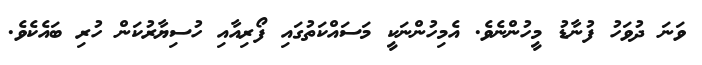
ވަނަ ދުވަހު ފުނާޑު މީހުންނެވެ. އެމިހުންނަކީ މަސައްކަތުގައި ފޯރިއާއި ހުސިޔާރުކަން ހުރި ބައެކެވެ.